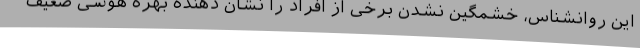
این روانشناس، خشمگین نشدن برخی از افراد را نشان دهنده بهره هوشی ضعیف